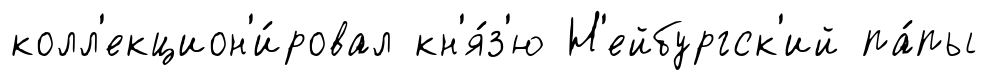
колл'екцион'и́ровал кн'я́з'ю Н'ейбургск'ий па́пы